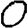
Digit: 0